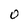
Character: o